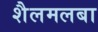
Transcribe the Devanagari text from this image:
शैलमलबा